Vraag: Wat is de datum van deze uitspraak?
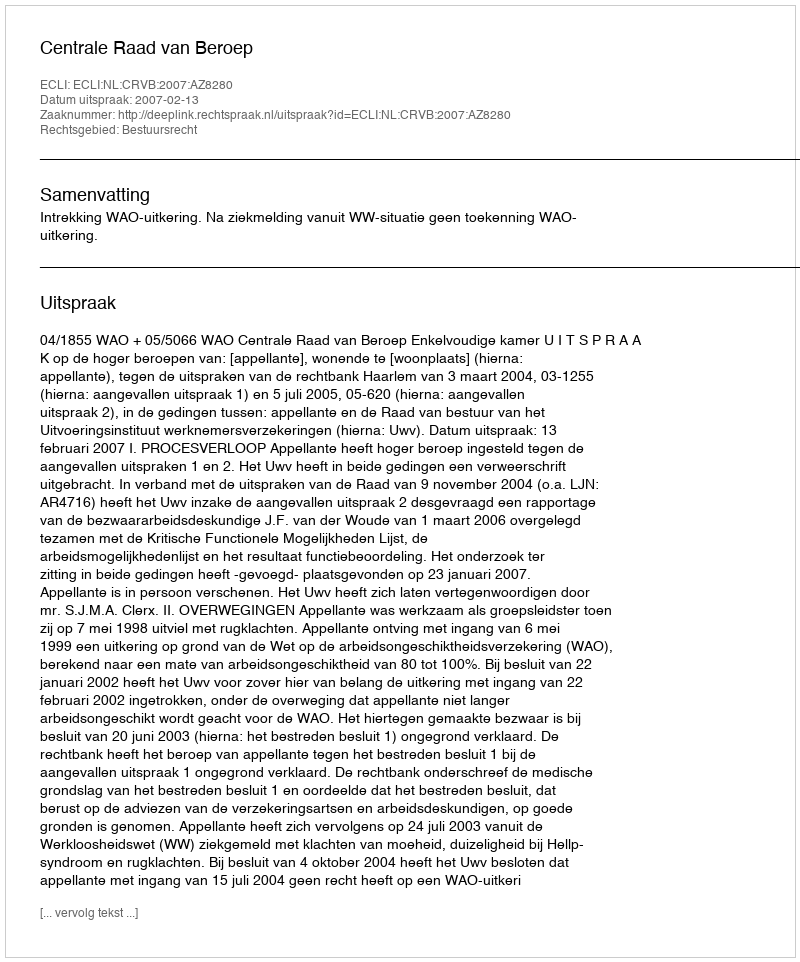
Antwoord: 2007-02-13